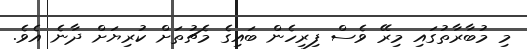
މި މުބާރާތުގައި މިރޭ ވެސް ފިރިހެން ބައިގެ މެޗުތަށް ކުރިޔަށް ދާނެ އެެވެ.